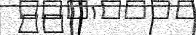
٧٢